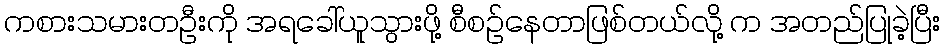
ကစားသမားတဦးကို အရခေါ်ယူသွားဖို့ စီစဉ်နေတာဖြစ်တယ်လို့ က အတည်ပြုခဲ့ပြီး